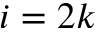
i = 2 k